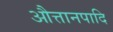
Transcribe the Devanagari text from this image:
औत्तानपादि